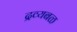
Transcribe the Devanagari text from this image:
द्रव्यबळ